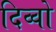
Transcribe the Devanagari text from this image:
दिव्वो